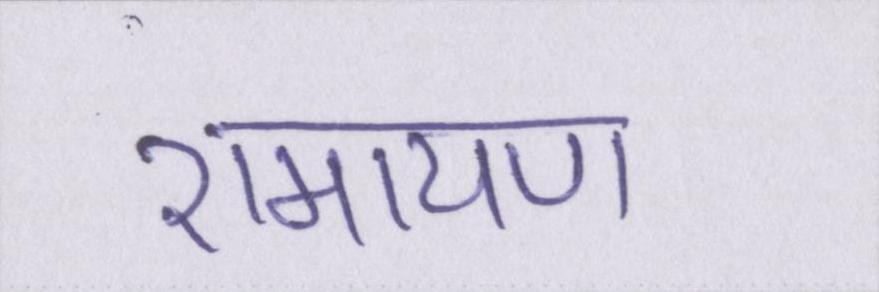
रामायण